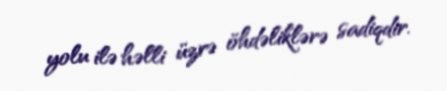
yolu ilə həlli üzrə öhdəliklərə sadiqdir.